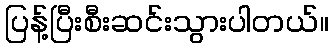
ပြန့်ပြီးစီးဆင်းသွားပါတယ်။